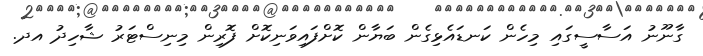
ގާނޫނު އަސާސީގައި މިހެން ކަނޑައެޅިގެން ބަޔާން ކޮށްފައިވަނިކޮށް ފޮރިން މިނިސްޓަރު ޝާހިދު އދ.